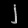
Digit: ၂